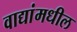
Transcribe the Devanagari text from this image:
वाद्यांमधील